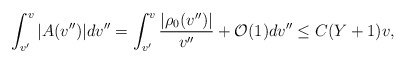
\begin{align*} \int_{v'}^v|A(v'')|dv''=\int_{v'}^v\frac{|\rho_0(v'')|}{v''}+\mathcal{O}(1)dv''\leq C(Y+1)v,\end{align*}